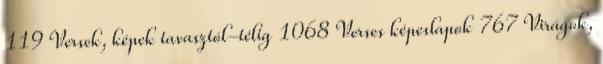
119 Versek, képek tavasztól-télig 1068 Verses képeslapok 767 Virágok,